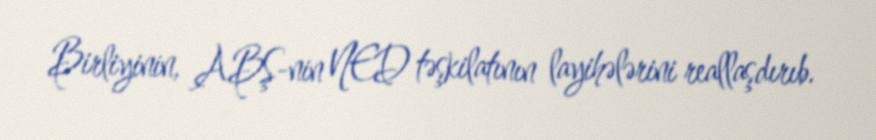
Birliyinin, ABŞ-nin NED təşkilatının layihələrini reallaşdırıb.